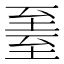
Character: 𬛳